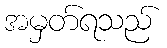
အမှတ်ရသည်